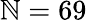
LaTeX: \mathbb{N}=69